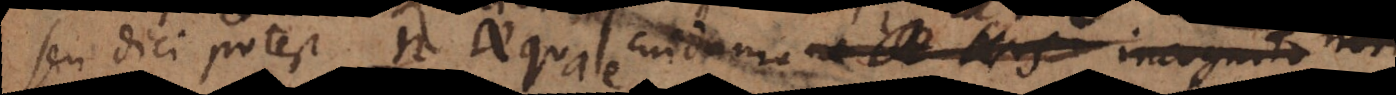
seu dici potest aequale cuidam– – incognito noti.